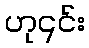
ဟု၎င်း